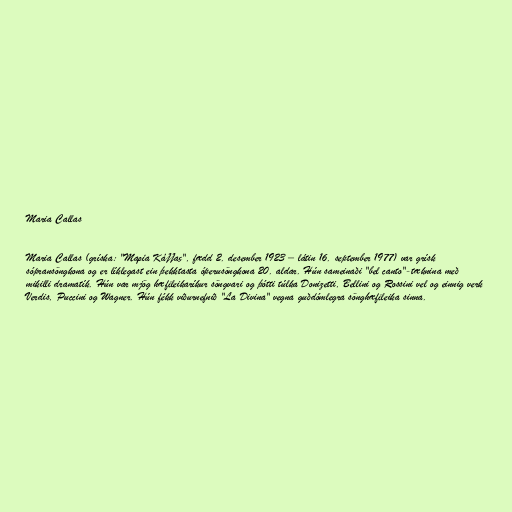
Maria Callas

Maria Callas (gríska: "Μαρία Κάλλας", fædd 2. desember 1923 – látin 16. september 1977) var grísk
sópransöngkona og er líklegast ein þekktasta óperusöngkona 20. aldar. Hún sameinaði "bel canto"-tæknina með
mikilli dramatík. Hún var mjög hæfileikaríkur söngvari og þótti túlka Donizetti, Bellini og Rossini vel og einnig verk
Verdis, Puccini og Wagner. Hún fékk viðurnefnið "La Divina" vegna guðdómlegra sönghæfileika sinna.